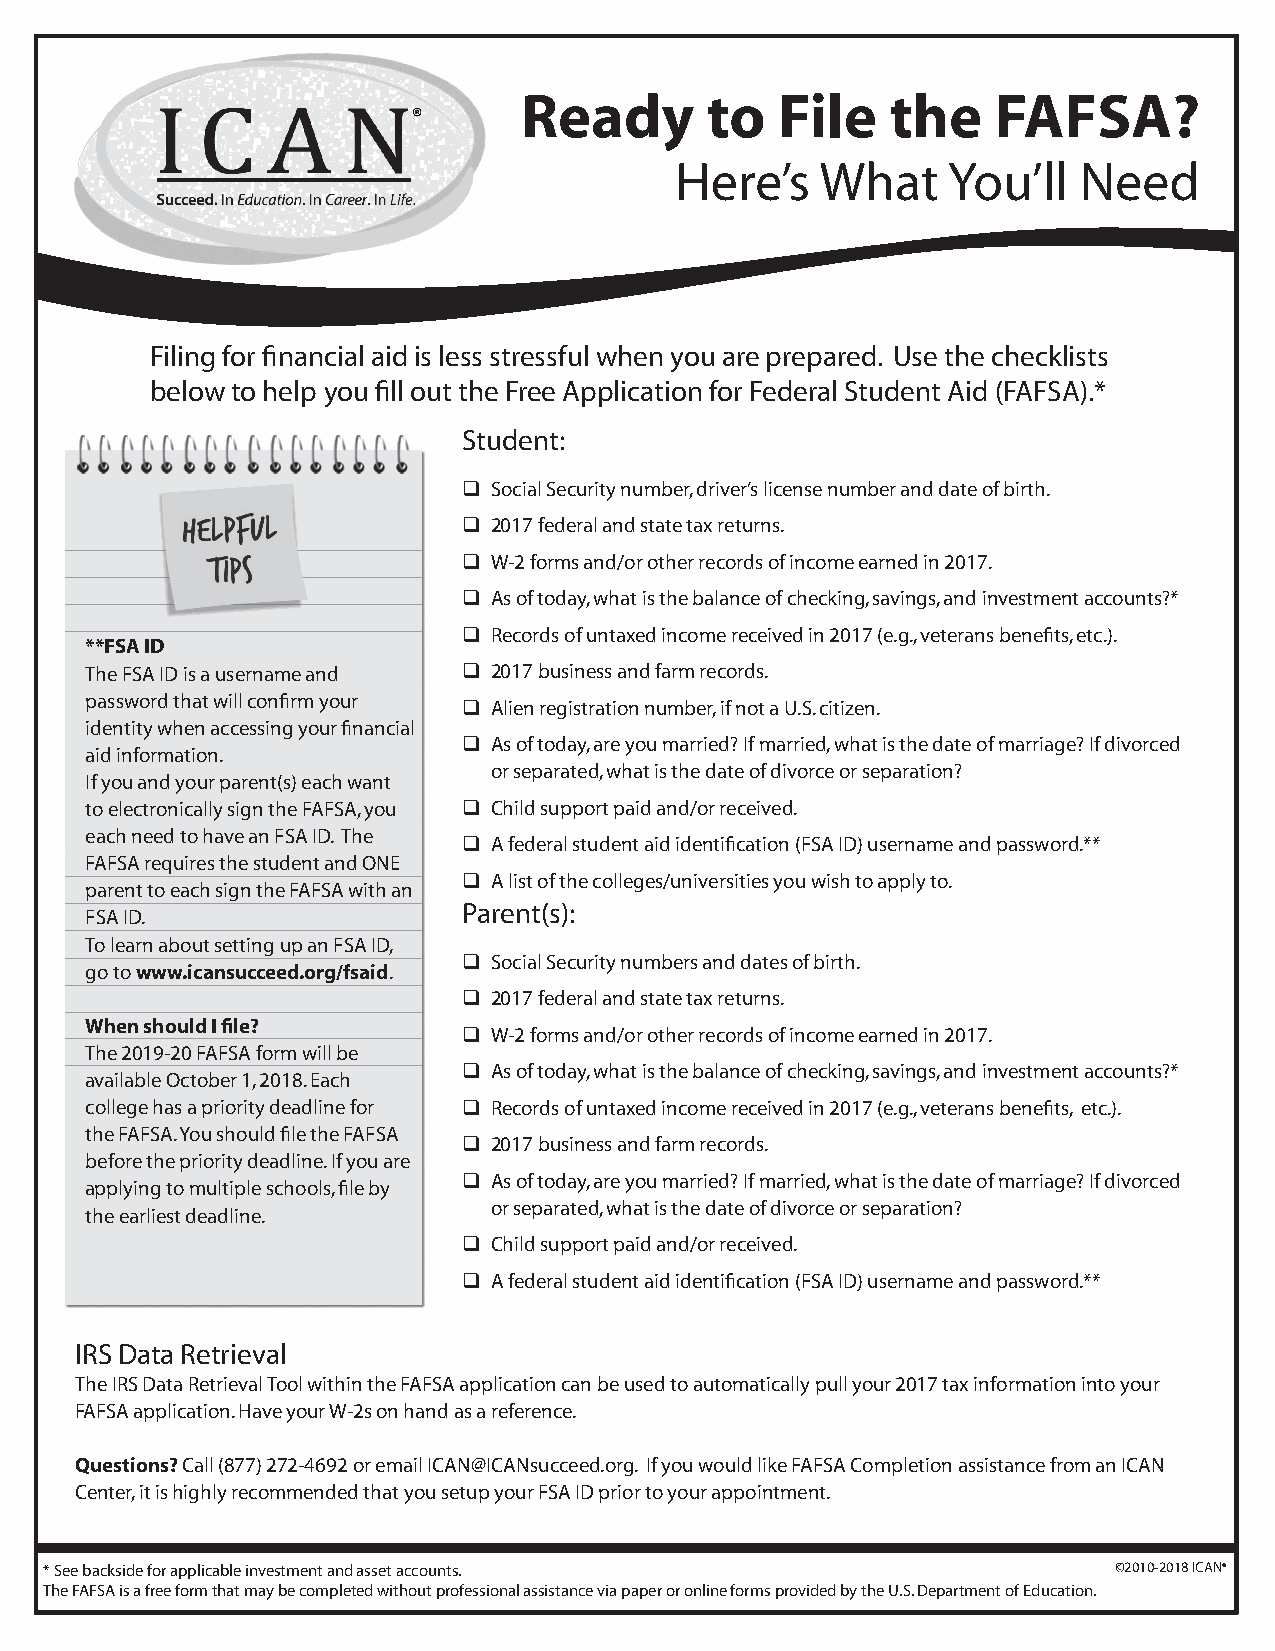
W                 B
 Readyh       taot F itleo ther  iFnAgFSA?
 Here’s   What     You’ll  Need
 Filing for financial aid is less stressful when you are prepared. Use the checklists
 below to help you fill out the Free Application for Federal Student Aid (FAFSA).*
 Student:
  Social Security number, driver’s license number and date of birth.
  2017 federal and state tax returns.
  W-2 forms and/or other records of income earned in 2017.
  As of today, what is the balance of checking, savings, and investment accounts?*
  Records of untaxed income received in 2017 (e.g., veterans benefits, etc.).
 **FSA ID
 The FSA ID is a username and  2017 business and farm records.
 password that will confirm your  Alien registration number, if not a U.S. citizen.
 identity when accessing your financial
  As of today, are you married? If married, what is the date of marriage? If divorced
 aid information.
 or separated, what is the date of divorce or separation?
 If you and your parent(s) each want
 to electronically sign the FAFSA, you  Child support paid and/or received.
 each need to have an FSA ID. The
  A federal student aid identification (FSA ID) username and password.**
 FAFSA requires the student and ONE
  A list of the colleges/universities you wish to apply to.
 parent to each sign the FAFSA with an
 Parent(s):
 FSA ID.
 To learn about setting up an FSA ID,
  Social Security numbers and dates of birth.
 go to www.icansucceed.org/fsaid.
  2017 federal and state tax returns.
 When should I file?
  W-2 forms and/or other records of income earned in 2017.
 The 2019-20 FAFSA form will be
  As of today, what is the balance of checking, savings, and investment accounts?*
 available October 1, 2018. Each
 college has a priority deadline for  Records of untaxed income received in 2017 (e.g., veterans benefits, etc.).
 the FAFSA. You should file the FAFSA
  2017 business and farm records.
 before the priority deadline. If you are
  As of today, are you married? If married, what is the date of marriage? If divorced
 applying to multiple schools, file by
 or separated, what is the date of divorce or separation?
 the earliest deadline.
  Child support paid and/or received.
  A federal student aid identification (FSA ID) username and password.**
 IRS Data Retrieval
 The IRS Data Retrieval Tool within the FAFSA application can be used to automatically pull your 2017 tax information into your
 FAFSA application. Have your W-2s on hand as a reference.
 Questions? Call (877) 272-4692 or email ICAN@ICANsucceed.org. If you would like FAFSA Completion assistance from an ICAN
 Center, it is highly recommended that you setup your FSA ID prior to your appointment.
 * See backside for applicable investment and asset accounts.           ©2010-2018 ICAN®
 The FAFSA is a free form that may be completed without professional assistance via paper or online forms provided by the U.S. Department of Education.